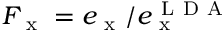
F _ { \mathrm { ~ x ~ } } = e _ { \mathrm { ~ x ~ } } / e _ { \mathrm { ~ x ~ } } ^ { \mathrm { ~ L ~ D ~ A ~ } }